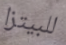
للبيتزا